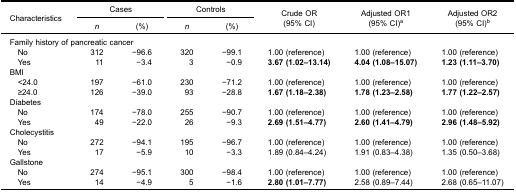
<table><thead><tr><td rowspan="3"><b>Characteristics</b></td><td colspan="2"><b>Cases</b></td><td colspan="2"><b>Controls</b></td><td rowspan="3"><b>Crude OR(95% CI)</b></td><td rowspan="3"><b>Adjusted OR1(95% CI)<sup>a</sup></b></td><td rowspan="3"><b>Adjusted OR2(95% CI)<sup>b</sup></b></td></tr><tr><td><b><i>n</i></b></td><td><b>(%)</b></td><td><b><i>n</i></b></td><td><b>(%)</b></td></tr></thead><tbody><tr><td colspan="8">Family history of pancreatic cancer</td></tr><tr><td> No</td><td>312</td><td>−96.6</td><td>320</td><td>−99.1</td><td>1.00 (reference)</td><td>1.00 (reference)</td><td>1.00 (reference)</td></tr><tr><td> Yes</td><td>11</td><td>−3.4</td><td>3</td><td>−0.9</td><td><b>3.67 (1.02–13.14)</b></td><td><b>4.04 (1.08–15.07)</b></td><td><b>1.23 (1.11–3.70)</b></td></tr><tr><td colspan="8">BMI</td></tr><tr><td> &lt;24.0</td><td>197</td><td>−61.0</td><td>230</td><td>−71.2</td><td>1.00 (reference)</td><td>1.00 (reference)</td><td>1.00 (reference)</td></tr><tr><td> ≥24.0</td><td>126</td><td>−39.0</td><td>93</td><td>−28.8</td><td><b>1.67 (1.18–2.38)</b></td><td><b>1.78 (1.23–2.58)</b></td><td><b>1.77 (1.22–2.57)</b></td></tr><tr><td colspan="8">Diabetes</td></tr><tr><td> No</td><td>174</td><td>−78.0</td><td>255</td><td>−90.7</td><td>1.00 (reference)</td><td>1.00 (reference)</td><td>1.00 (reference)</td></tr><tr><td> Yes</td><td>49</td><td>−22.0</td><td>26</td><td>−9.3</td><td><b>2.69 (1.51–4.77)</b></td><td><b>2.60 (1.41–4.79)</b></td><td><b>2.96 (1.48–5.92)</b></td></tr><tr><td colspan="8">Cholecystitis</td></tr><tr><td> No</td><td>272</td><td>−94.1</td><td>195</td><td>−96.7</td><td>1.00 (reference)</td><td>1.00 (reference)</td><td>1.00 (reference)</td></tr><tr><td> Yes</td><td>17</td><td>−5.9</td><td>10</td><td>−3.3</td><td>1.89 (0.84–4.24)</td><td>1.91 (0.83–4.38)</td><td>1.35 (0.50–3.68)</td></tr><tr><td colspan="8">Gallstone</td></tr><tr><td> No</td><td>274</td><td>−95.1</td><td>300</td><td>−98.4</td><td>1.00 (reference)</td><td>1.00 (reference)</td><td>1.00 (reference)</td></tr><tr><td> Yes</td><td>14</td><td>−4.9</td><td>5</td><td>−1.6</td><td><b>2.80 (1.01–7.77)</b></td><td>2.58 (0.89–7.44)</td><td>2.68 (0.65–11.07)</td></tr></tbody></table>